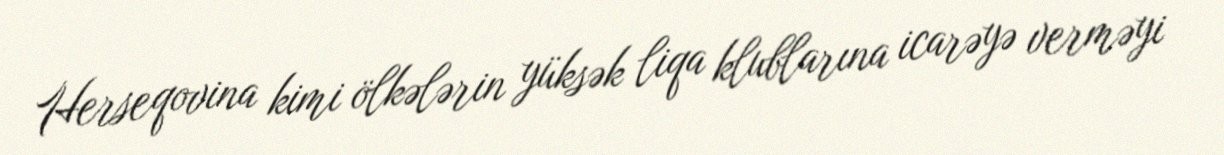
Herseqovina kimi ölkələrin yüksək liqa klublarına icarəyə verməyi